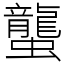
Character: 蠪